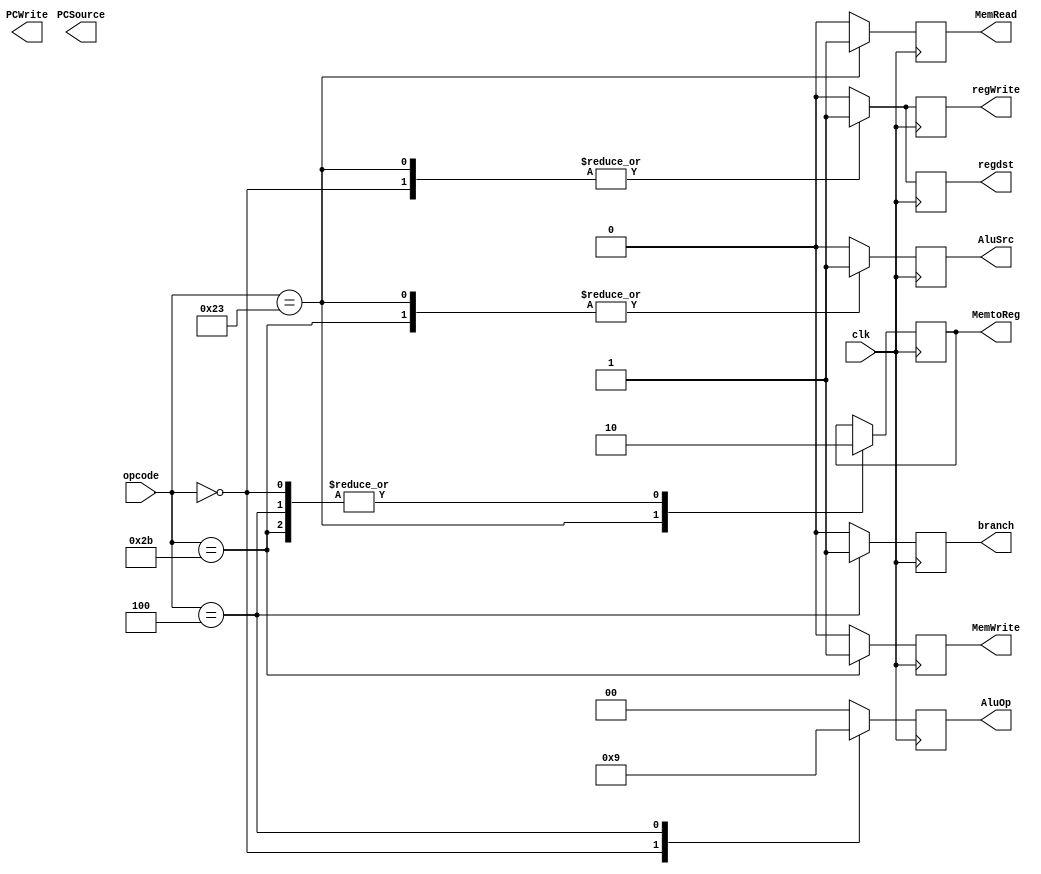
module Control(
input clk,
input [5:0] opcode,
output reg PCWrite,
output reg MemRead,
output reg MemWrite,
output reg MemtoReg,
output reg [1:0] PCSource,
output reg [1:0]AluOp,
output reg AluSrc,
output reg regWrite,
output reg regdst,
output reg branch
);
always @(posedge clk) begin
case (opcode) 
 0: begin // Type R Instruction
 $display(" R Type Instruction" );
   AluSrc <=0; 
   AluOp <= 2'b10;
   regdst <= 1;
   regWrite<=1;
   MemRead<=0;
   MemWrite<=0;
   branch<=0;
   MemtoReg<=0;
 end
 35: begin // Load
   $display(" LOAD" );
   AluSrc <=1; 
   AluOp <= 2'b00;
   regdst <= 1;
   regWrite<=1;
   MemRead<=1;
   MemWrite<=0;
   branch<=0;  
   MemtoReg<=1;
 end
 43: begin // Store
   $display("Store" );
   regdst <= 0;
   AluSrc <=1; 
   MemtoReg<=0;
   regWrite<=0;
   MemRead<=0;
   MemWrite<=1;
   branch<=0;
   AluOp <= 2'b00;
 end
 4: begin // Branch
   $display(" Branch" );
   regdst <= 0;
   AluSrc <=0; 
   MemtoReg<=0;
   regWrite<=0;
   MemRead<=0;
   MemWrite<=0;
   branch<=1;
   AluOp <= 2'b01;
 end 

 default: begin // Do Nothing
 $display("unknown instruction");
 AluSrc <=0; 
 AluOp <= 2'b00;
 regdst <= 0;
 regWrite<=0;
 MemRead<=0;
 MemWrite<=0;
 branch<=0;
 end
endcase
end
endmodule